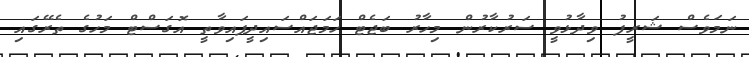
ނަމަވެސް ޝަރީފު ވިދާޅުވީ ސަރުކާރުން މިހާރު ބަޖެޓް ހަމަޖައްސައިދީފައިވާތީ އޮގަސްޓް މަހުގެ ތެރޭގައި